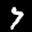
Label: 7